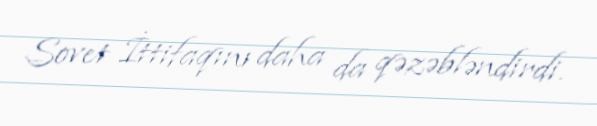
Sovet İttifaqını daha da qəzəbləndirdi.